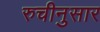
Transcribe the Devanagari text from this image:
रुचीनुसार